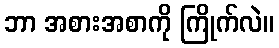
ဘာ အစားအစာကို ကြိုက်လဲ။